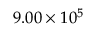
9 . 0 0 \times 1 0 ^ { 5 }